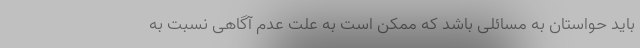
باید حواستان به مسائلی باشد که ممکن است به علت عدم آگاهی نسبت به